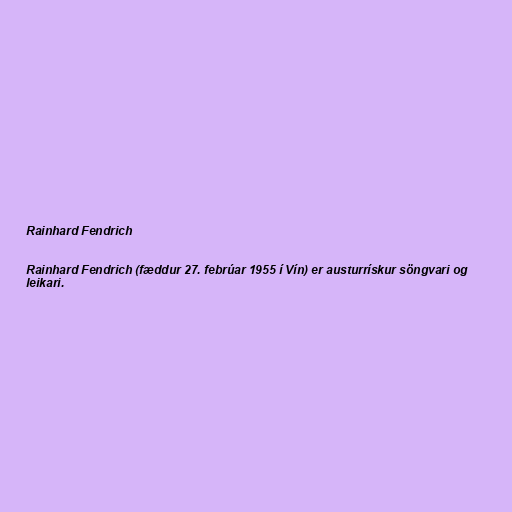
Rainhard Fendrich

Rainhard Fendrich (fæddur 27. febrúar 1955 í Vín) er austurrískur söngvari og
leikari.